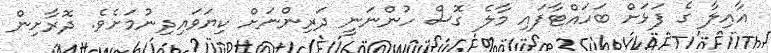
އާއިލާ ގެ ފަޅަށް ބަހައްޓާފައި މާލެ ގޮސް ހުންނަނީ ދަރިންނަށް ކިޔަވައިދިނުމަށެވެ. ދޮރާށިން